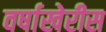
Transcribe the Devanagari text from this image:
वर्षाखेरीस